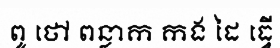
ពូ ថៅ ពន្លាក កង ដៃ ធ្វើ